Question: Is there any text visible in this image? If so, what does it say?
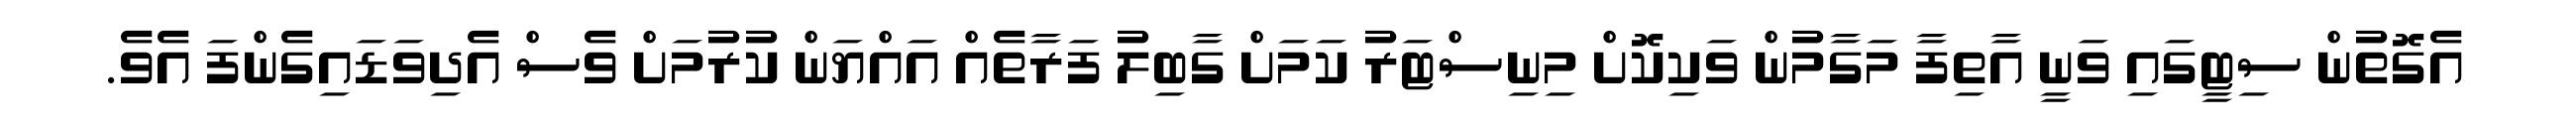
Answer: އެގޮތުން ސިޓީގައި ވަނީ އާތިފާ މަގާމުން ވަކިކޮށް މިނިސްޓަރު ކަމަށް ގާބިލު ފަރާތެއް އައްޔަން ކުރުމަށް ވެސް އެދިވަޑައިގެންފަ އެވެ.